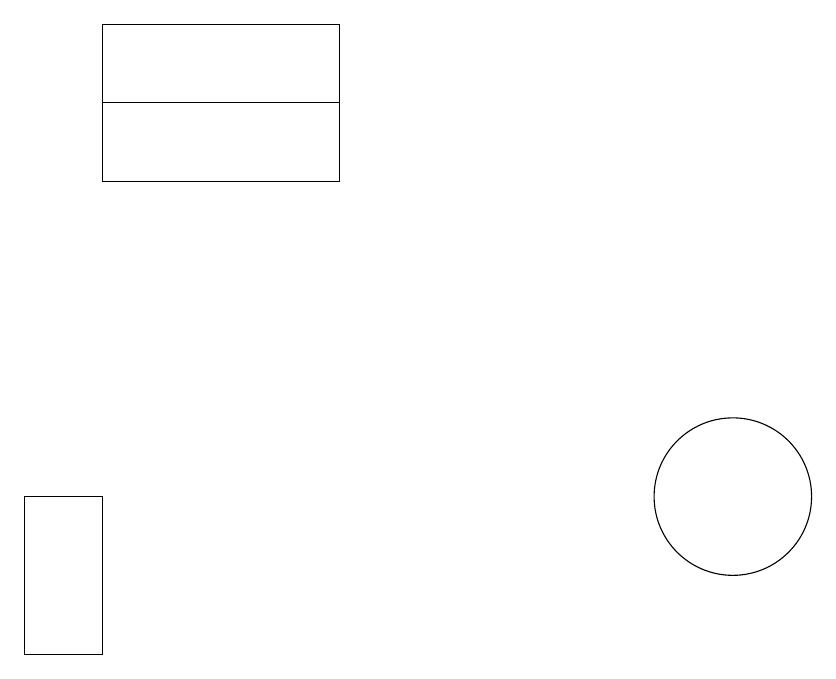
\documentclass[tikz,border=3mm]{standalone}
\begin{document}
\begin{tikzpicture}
\draw (3,18) rectangle (6,16);
\draw (10,11) circle (0);
\draw (11,12) circle (1);
\draw (3,16) rectangle (6,17);
\draw (3,12) rectangle (2,10);
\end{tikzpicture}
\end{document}